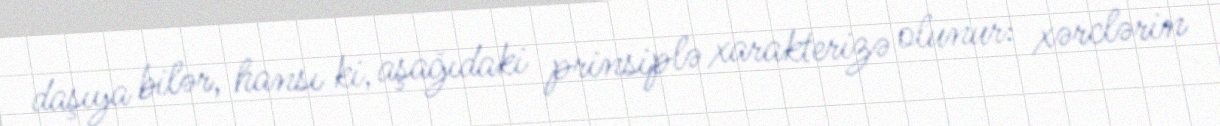
daşıya bilər, hansı ki, aşağıdaki prinsiplə xarakterizə olunur: xərclərin